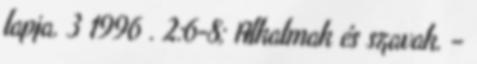
lapja. 3 1996 . 2:6-8; Alkalmak és szavak. –